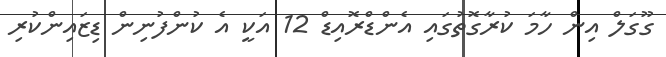
ގޫގަލް އިން ހާމަ ކުރާގޮތުގައި އެންޑްރޮއިޑް 12 އަކީ އެ ކުންފުނިން ޑިޒައިންކުރި